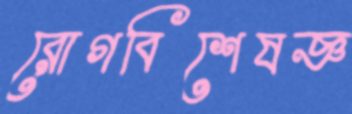
রোগবিশেষজ্ঞ